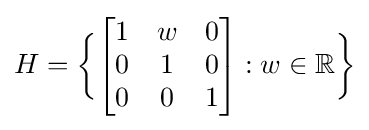
H={\bigg \{}{\begin{bmatrix}1&w&0\\0&1&0\\0&0&1\end{bmatrix}}:w\in \mathbb {R} {\bigg \}}